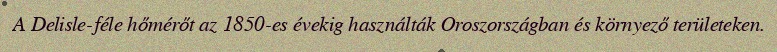
A Delisle-féle hőmérőt az 1850-es évekig használták Oroszországban és környező területeken.